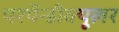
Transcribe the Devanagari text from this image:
परपॅन्डीक्यूलर